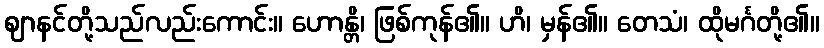
ဈာနင်တို့သည်လည်းကောင်း။ ဟောန္တိ၊ ဖြစ်ကုန်၏။ ဟိ၊ မှန်၏။ တေသံ၊ ထိုမင်္ဂတို့၏။